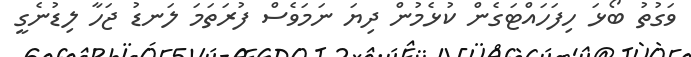
ވަގުތު ބޯޅަ ހިފަހައްޓަގެން ކުޅެމުން ދިޔަ ނަމަވެސް ފުރަތަމަ ލަނޑު ޖަހާ ލިޑުނެގީ